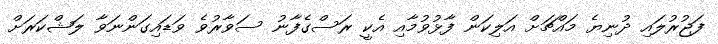
ފަޖުރުލައި ދުނިޔެ މައްޗަށް އަލިކަން ފާޅުވުމާއި އެކީ ރަސްގެފާނު ސަވާރުވެ ވަޑައިގަންނަވާ ލަޝްކަރަށް